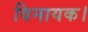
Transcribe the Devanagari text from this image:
विनायक।